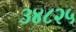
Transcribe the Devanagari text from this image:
३४८२५